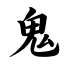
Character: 鬼